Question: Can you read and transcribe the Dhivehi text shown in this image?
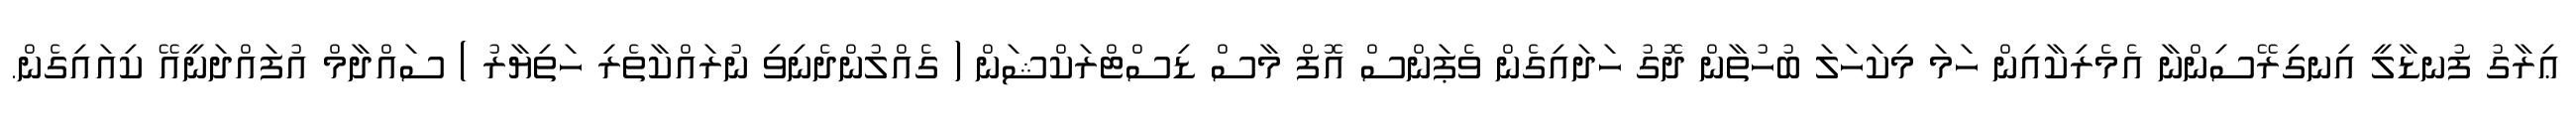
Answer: ޢިރާގު ފުނޑާލީ އިނގިރޭސިންނާ އެމެރިކާއިން ހަމަ މިކަހަލަ ބުހުތާން ދޮގު ހަދައިގެން ވެޕަންސް އޮފް މާސް ޑިސްޓްރަކްޝަން ( ގެއްލުންދެނިވި ނުރައްކާތެރި ހަތިޔާރު ) ސައްދާމް އުފައްދަނީއޭ ކިއައިގެން.